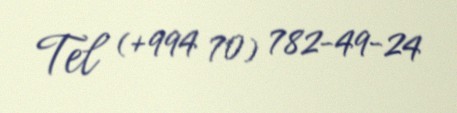
Tel (+994 70) 782-49-24